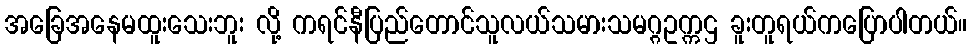
အခြေအနေမထူးသေးဘူး လို့ ကရင်နီပြည်တောင်သူလယ်သမားသမဂ္ဂဥက္ကဌ ခူးတူရယ်ကပြောပါတယ်။